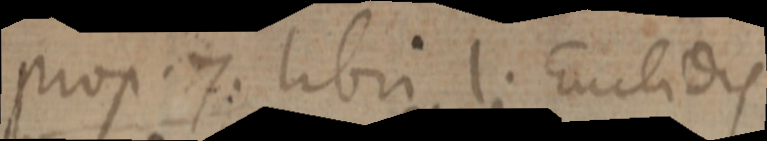
prop. 7. libri 1. Euclidis